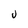
Character: U